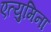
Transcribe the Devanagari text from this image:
एत्‍युमिना